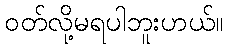
ဝတ်လို့မရပါဘူးဟယ်။